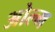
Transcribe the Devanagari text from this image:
ओल्म